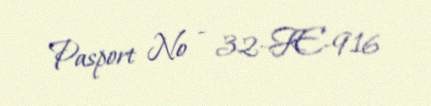
Pasport № - 32-FE-916